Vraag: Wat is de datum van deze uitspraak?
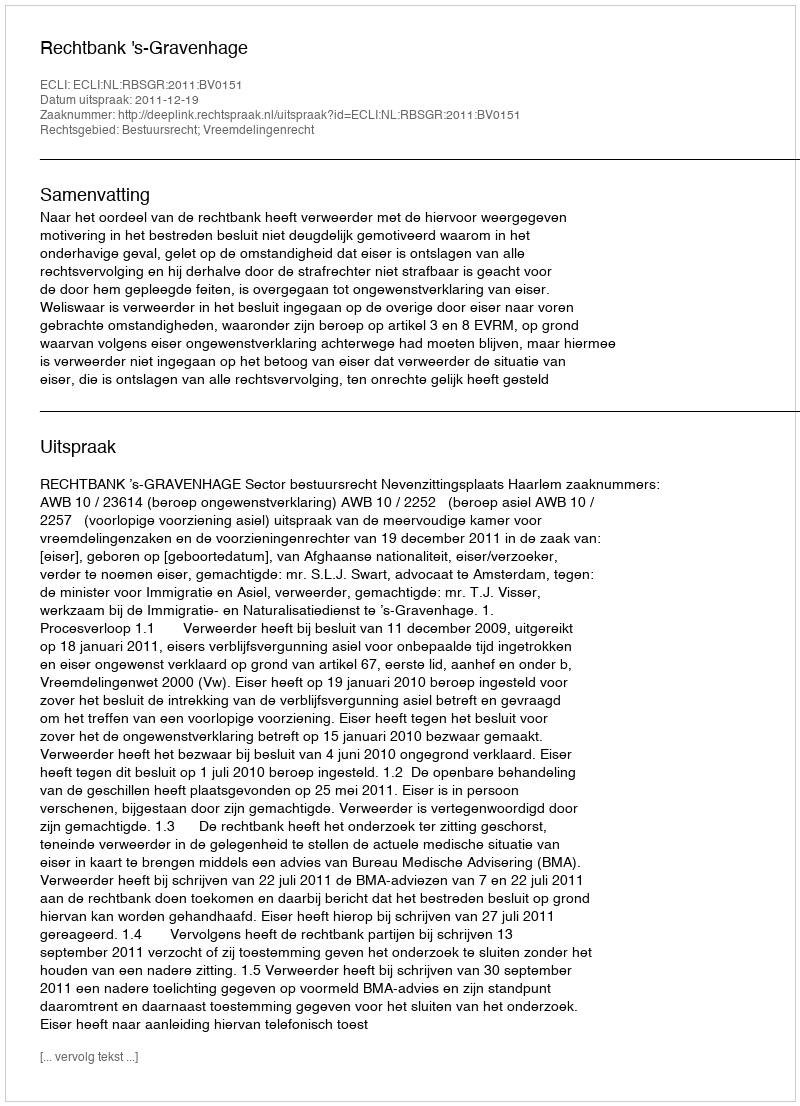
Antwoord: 2011-12-19